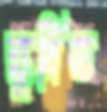
ক্ষুধিত